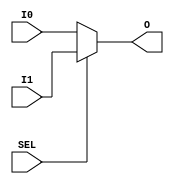
module MuxCPU(I0, I1, O, SEL);

input [31:0] I0, I1;
input SEL;

output reg [31:0] O;

always
begin
if (SEL == 0)
	O = I0;
	
else
	O = I1;

end

endmodule